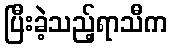
ပြီးခဲ့သည့်ရာသီက